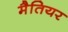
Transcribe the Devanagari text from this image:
मैतियर